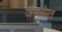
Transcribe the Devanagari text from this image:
जैनसंमत